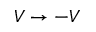
V \rightarrow - V